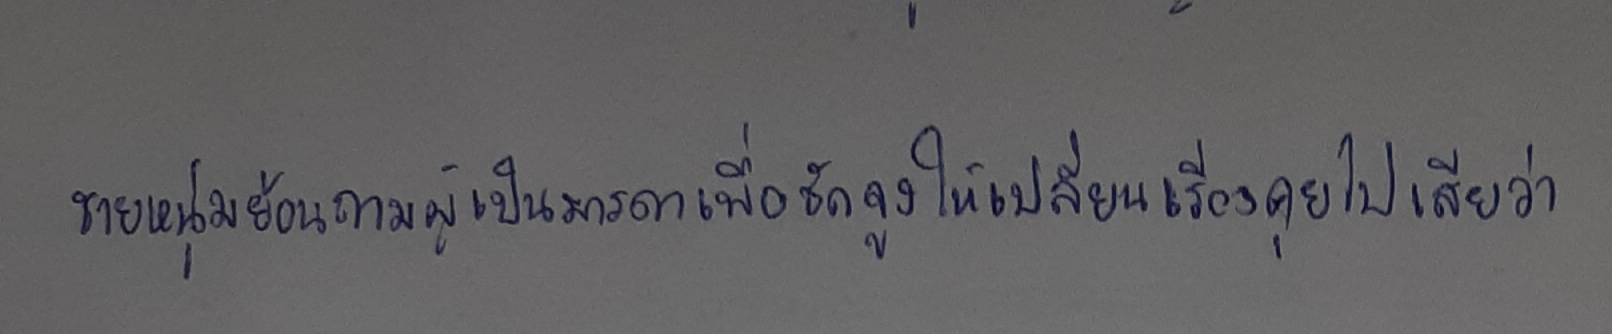
ชายหนุ่มย้อนถามผู้เป็นมารดาเพื่อชักจูงให้เปลี่ยนเรื่องคุยไปเสียว่า